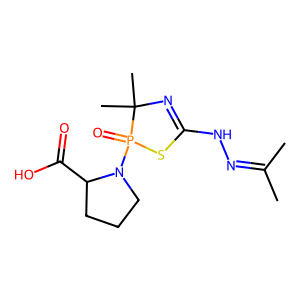
SMILES: CC(C)=NNC1=NC(C)(C)P(=O)(N2CCCC2C(=O)O)S1
Inhibits HIV replication: No